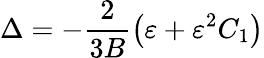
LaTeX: \Delta=-\frac{2}{3B}\left(\varepsilon+\varepsilon^{2}C_{1}\right)